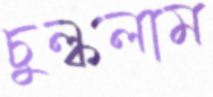
চুল্‌কলাম